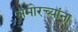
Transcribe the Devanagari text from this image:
समोरच्यांना